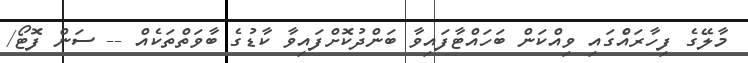
މާލޭގެ ފިހާރައެްގައި ވިއްކަން ބަހައްޓާފައިވާ ބަންދުކޮށްފައިވާ ކާޑުގެ ބާވަތްތަކެއް -- ސަން ފޮޓޯ/